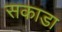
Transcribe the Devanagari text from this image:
सकाडा